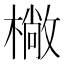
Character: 𣚿